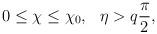
LaTeX: \begin{align*}0\leq\chi\leq\chi_0,~~\eta>q{\pi\over 2},\end{align*}